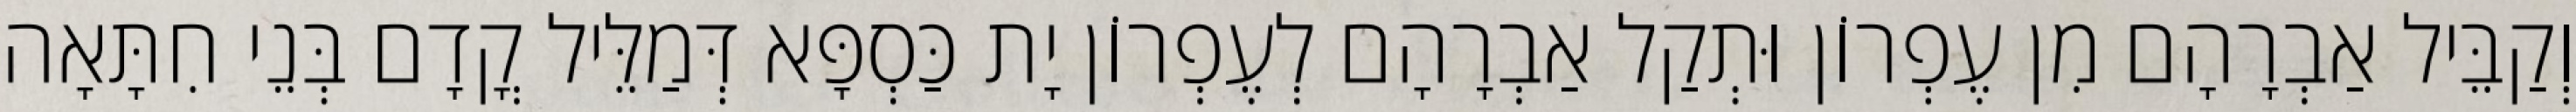
וְקַבֵּיל אַבְרָהָם מִן עֶפְרוֹן וּתְקַל אַבְרָהָם לְעֶפְרוֹן יָת כַּסְפָּא דְּמַלֵּיל קֳדָם בְּנֵי חִתָּאָה